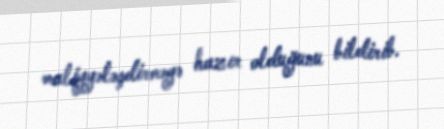
maliyyələşdirməyə hazır olduğunu bildirib.